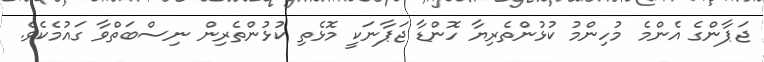
ޖަޕާންގެ އެންމެ މުހިންމު ކުޅުންތެރިޔާ ހޮންޑާ ޖަޕާނަކީ މޮޅެތި ކުޅުންތެރިން ނިސްބަތްވާ ގައުމެކެވެ.